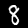
Digit: 8